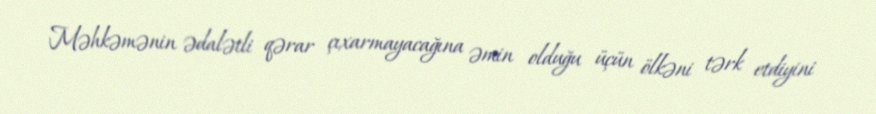
Məhkəmənin ədalətli qərar çıxarmayacağına əmin olduğu üçün ölkəni tərk etdiyini